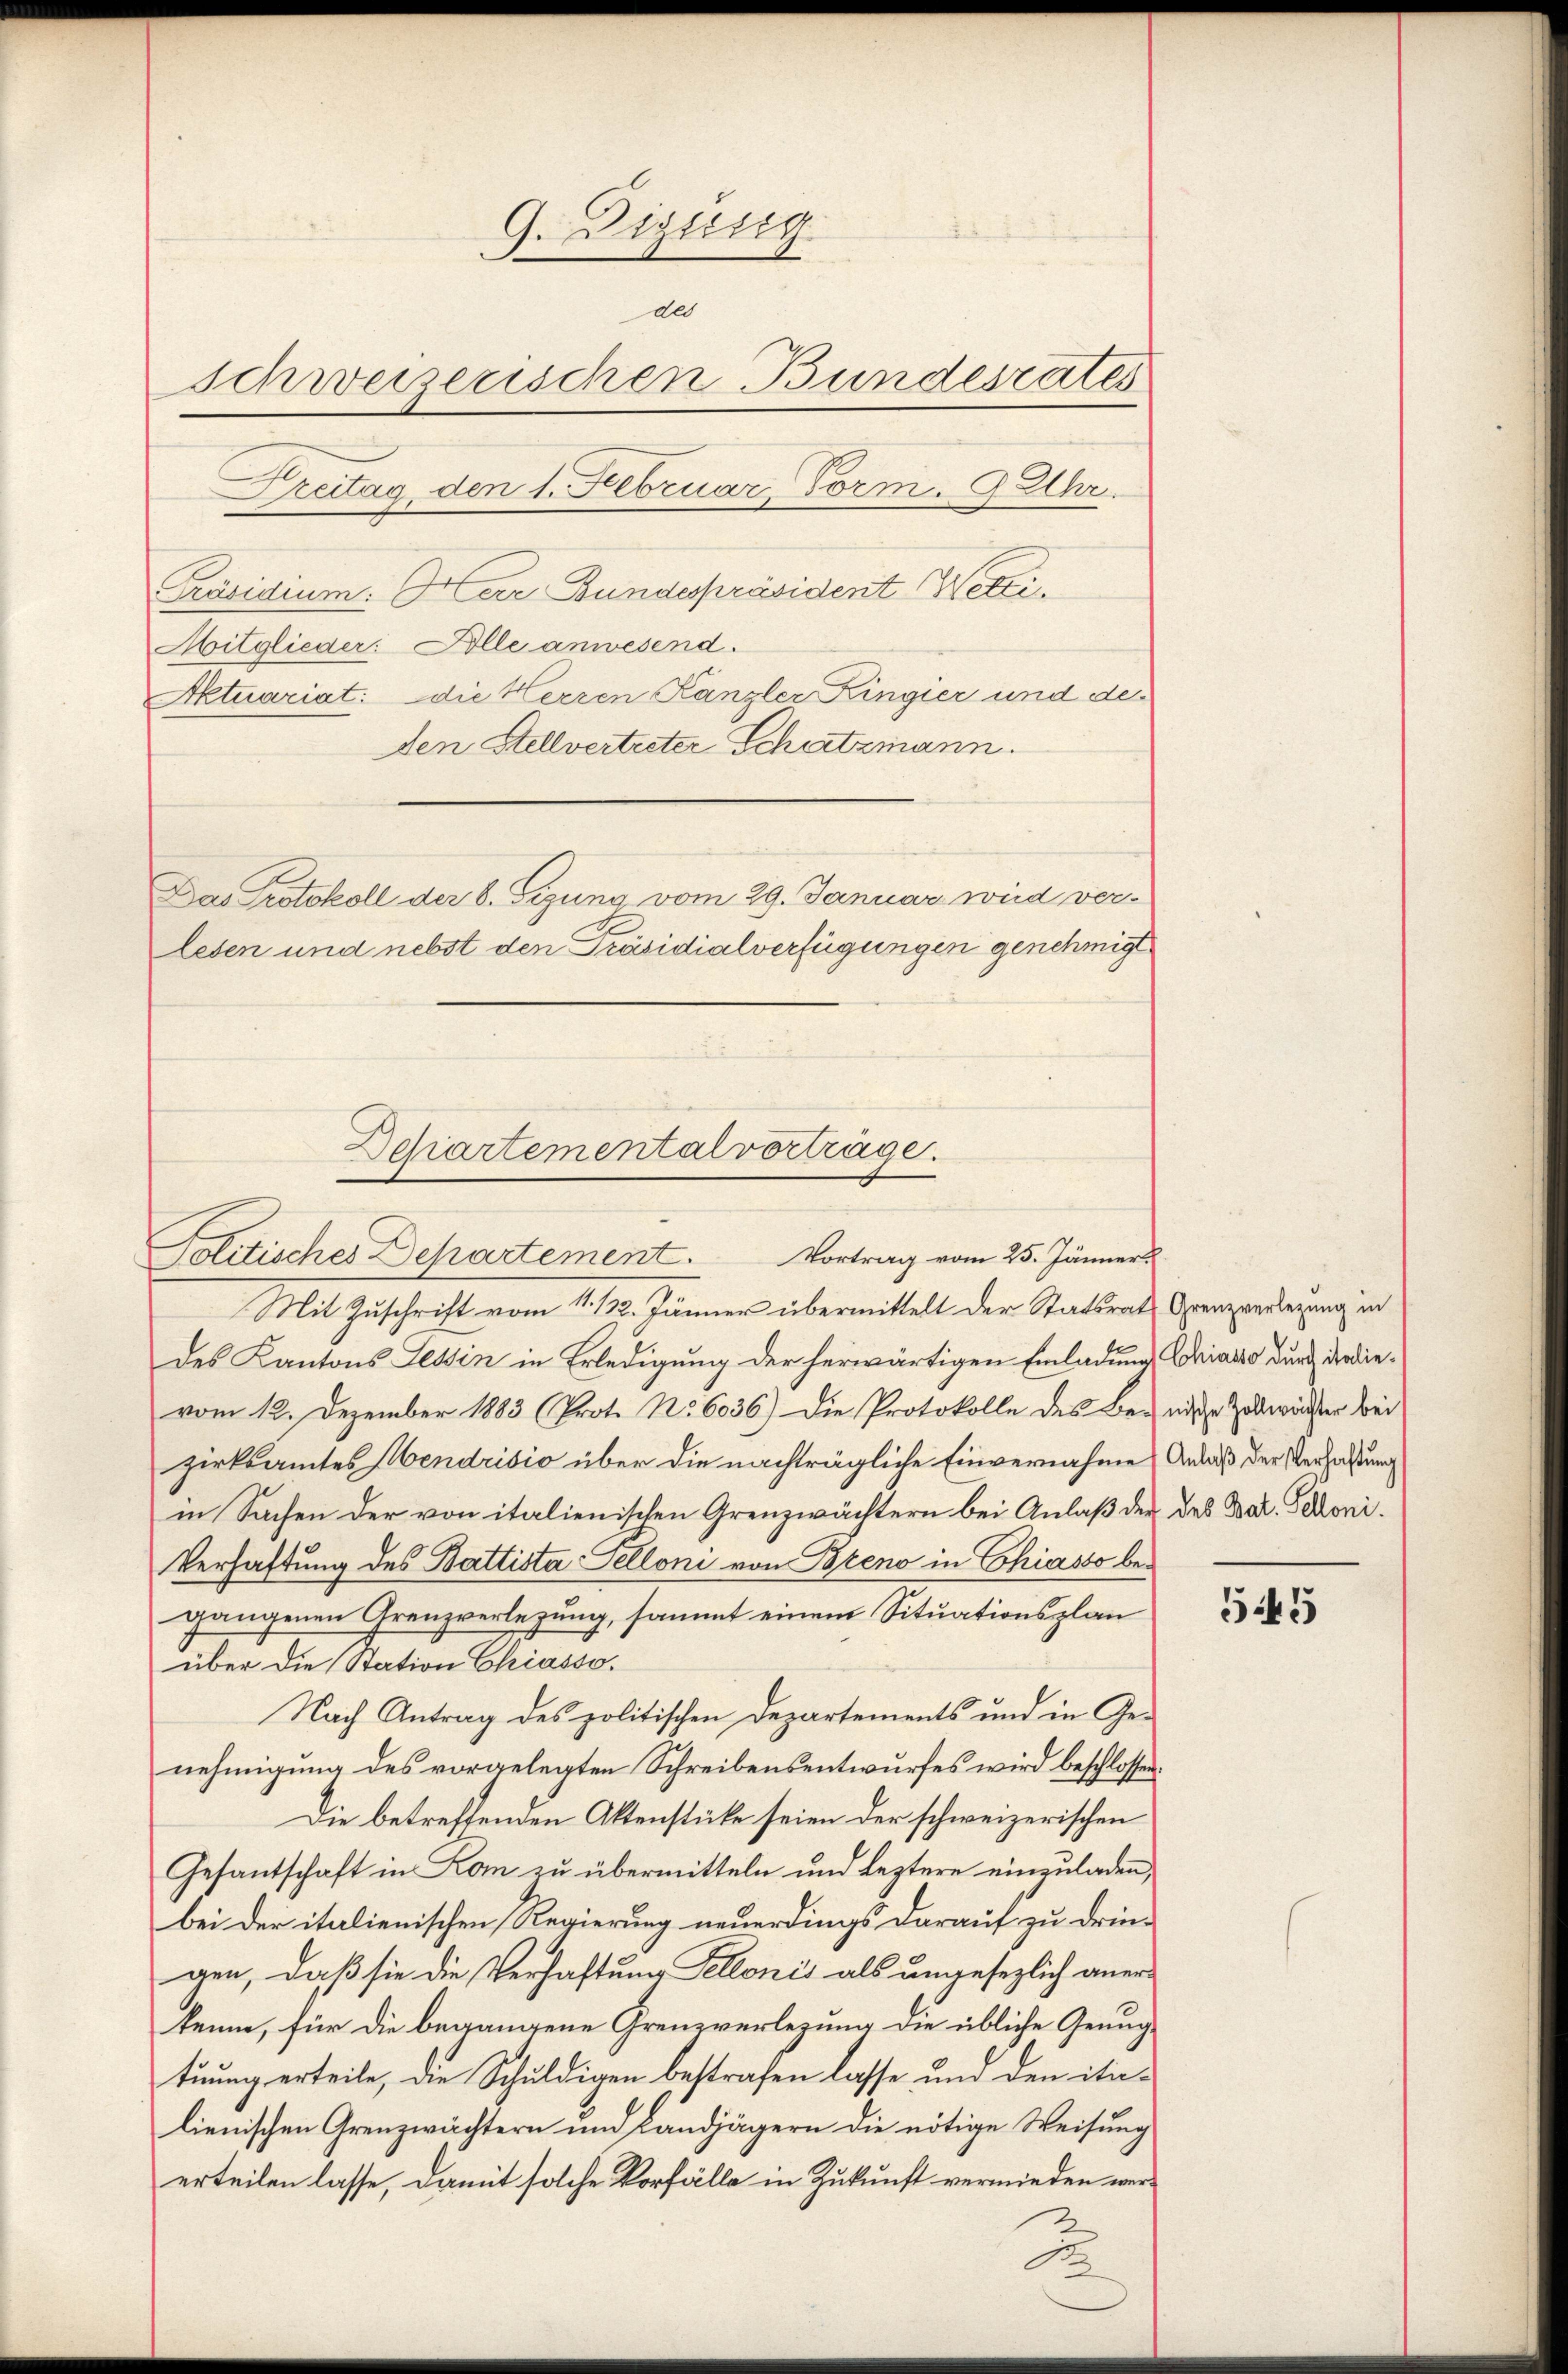
9. Diesig
des
serweizerischen Bundesrates
Dreitag, den 1. Februar, Vorm. 9 Uhr.
Präsidium. Herr Bundespräsident Netzi
Aitglieder: Solle anwesend.
Aktuariat: die Herren Kanzler Kingier und deden Stellvertreter Schatzmann.

Das Protokoll der 8. Sigung vom 29. Januar wird ver-
lesen und nebst den Präsidialverfügungen genehmigt

Mit Zuschrift vom 11. 12. Jänner übermittelt der Statsrath Grenzverlegung in
des Kantons Tessin in Erledigung der herwärtigen Einladung Griasso durch die dievom 12. Dezember 1883 (Prot. No 6036) Die Protokolle des Bernische Zollweister bei
zirksamtes Mendrisio über die nachträgliche Einvernahme Anlaß der Verfaßung
in Sachen der von italienischen Grenzwächtern bei Anlaß der des Bat. Schroni¬
Verhaftung des Battista Telloni von Pleno in Chiasso begangenen Grenzverlegung, sammt einem Situationsplan
über die Station Chiasso.
Nach Antrag des politischen Departements und in Genehmigung des vorgelegten Schreibensentwurfes wird beschlossen:
Die betreffenden Aktenstücke seien der schweizerischen
Gesantschaft in Kon zu übermitteln und leztere einzuladen,
bei der italienischen Regierung neuerdings darauf zu dringen, daß sie die Verhaftung Kellonis als ungesezlich aner-
kenne, für die begangene Grenzverlegung die übliche Genugtuung erteile, die Schuldigen bestrafen lasse und den itilienischen Grenzwächtern und Landjägern die nötige Weisung
erteilen lasse, damit solche Vorfälle in Zukunft vermieden wer¬

Egiartementalverträge.
Politisches Departement. Vortrag vom 25. Jänners

545